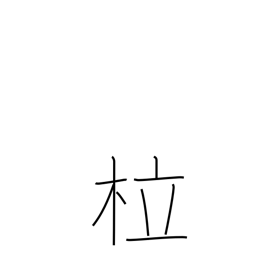
Meaning: bent tree